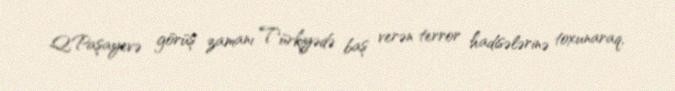
Q.Paşayevə görüş zamanı Türkiyədə baş verən terror hadisələrinə toxunaraq,